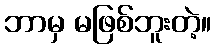
ဘာမှ မဖြစ်ဘူးတဲ့။